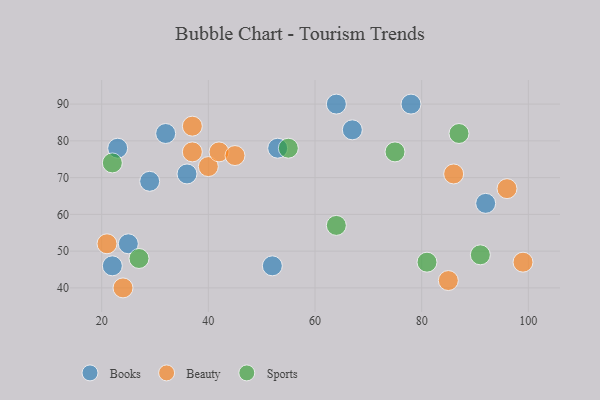
{"axis": {"x": "GDP", "y": "Life Expectancy"}, "legend": ["Beauty", "Books", "Sports"], "data": [{"x": "53", "y": 78, "type": "Books"}, {"x": "22", "y": 46, "type": "Books"}, {"x": "92", "y": 63, "type": "Books"}, {"x": "29", "y": 69, "type": "Books"}, {"x": "32", "y": 82, "type": "Books"}, {"x": "36", "y": 71, "type": "Books"}, {"x": "78", "y": 90, "type": "Books"}, {"x": "52", "y": 46, "type": "Books"}, {"x": "67", "y": 83, "type": "Books"}, {"x": "25", "y": 52, "type": "Books"}, {"x": "64", "y": 90, "type": "Books"}, {"x": "23", "y": 78, "type": "Books"}, {"x": "86", "y": 71, "type": "Beauty"}, {"x": "37", "y": 84, "type": "Beauty"}, {"x": "85", "y": 42, "type": "Beauty"}, {"x": "37", "y": 77, "type": "Beauty"}, {"x": "40", "y": 73, "type": "Beauty"}, {"x": "21", "y": 52, "type": "Beauty"}, {"x": "96", "y": 67, "type": "Beauty"}, {"x": "42", "y": 77, "type": "Beauty"}, {"x": "99", "y": 47, "type": "Beauty"}, {"x": "45", "y": 76, "type": "Beauty"}, {"x": "24", "y": 40, "type": "Beauty"}, {"x": "64", "y": 57, "type": "Sports"}, {"x": "55", "y": 78, "type": "Sports"}, {"x": "81", "y": 47, "type": "Sports"}, {"x": "22", "y": 74, "type": "Sports"}, {"x": "87", "y": 82, "type": "Sports"}, {"x": "91", "y": 49, "type": "Sports"}, {"x": "75", "y": 77, "type": "Sports"}, {"x": "27", "y": 48, "type": "Sports"}]}